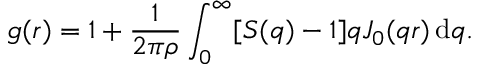
g ( r ) = 1 + \frac { 1 } { 2 \pi \rho } \int _ { 0 } ^ { \infty } [ S ( q ) - 1 ] q J _ { 0 } ( q r ) \, \mathrm { d } q .